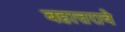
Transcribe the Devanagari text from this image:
बहात्तरावे